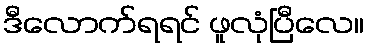
ဒီလောက်ရရင် ဖူလုံပြီလေ။